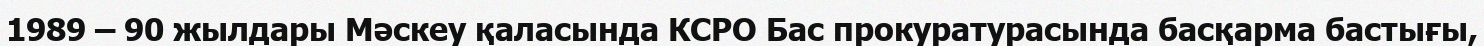
1989 – 90 жылдары Мәскеу қаласында КСРО Бас прокуратурасында басқарма бастығы,